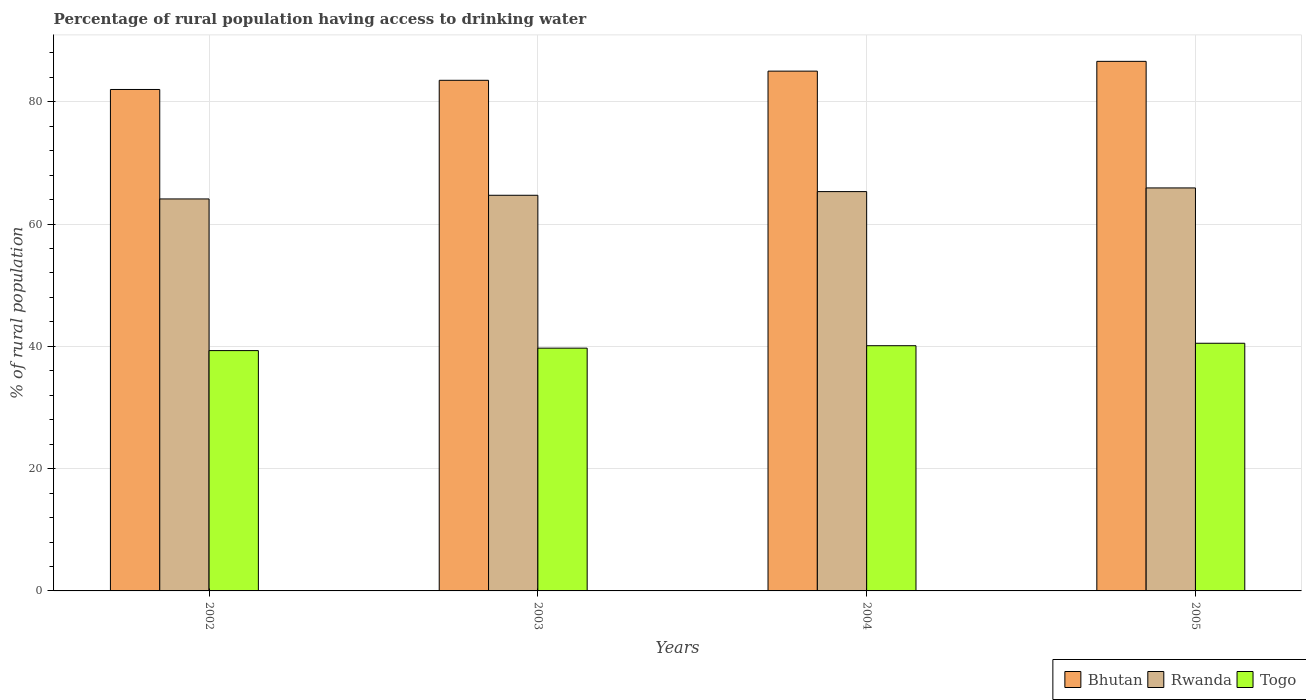
| Years | Bhutan | Rwanda | Togo |
 | --- | --- | --- | --- |
 | 2002 | 82 | 64.1 | 39.3 |
 | 2003 | 83.5 | 64.7 | 39.7 |
 | 2004 | 85 | 65.3 | 40.1 |
 | 2005 | 86.6 | 65.9 | 40.5 |